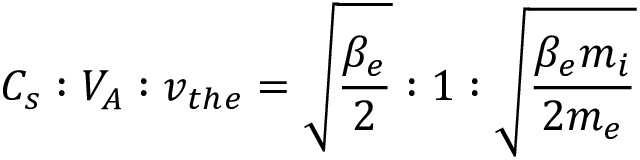
C _ { s } : V _ { A } : v _ { t h e } = \sqrt { \frac { \beta _ { e } } { 2 } } : 1 : \sqrt { \frac { \beta _ { e } m _ { i } } { 2 m _ { e } } }